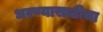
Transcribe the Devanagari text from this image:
धरण्यासाठीचा